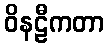
ဝိနဠီကတာ